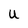
Character: U